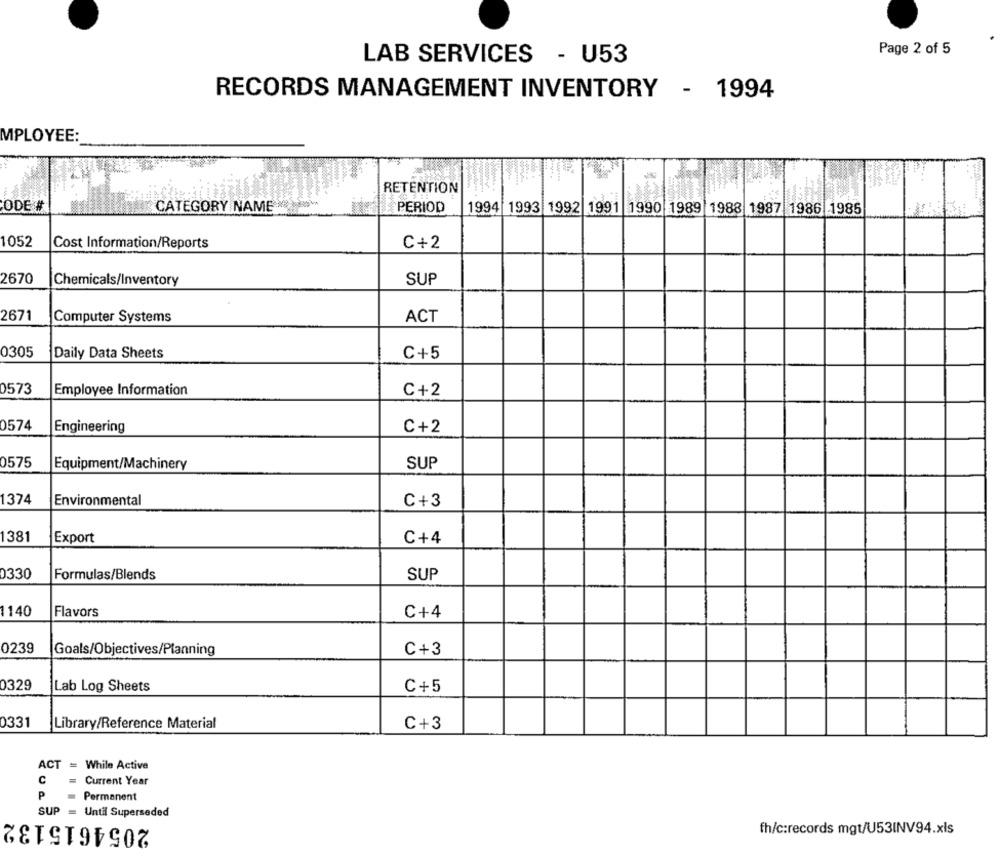
Page 2 of 5
LAB SERVICES - U53
RECORDS MANAGEMENT INVENTORY - 1994
MPLOYEE:
RETENTION
CODE #
CATEGORY NAME
PERIOD
1994 1993 1992 1991 1990 1989 1988 1987 1986 1985
1052
Cost Information/Reports
C+2
2670
Chemicals/Inventory
SUP
2671
Computer Systems
ACT
0305
Daily Data Sheets
C+5
0573
Employee Information
C+2
0574
Engineering
C+2
0575
SUP
Equipment/Machinery
1374
Environmental
C+3
138
Export
C+4
0330
SUP
Formulas/Blends
1140
Flavors
C+4
0239
Goals/Objectives/Planning
C+3
0329
Lab Log Sheets
C+5
0331
Library/Reference Material
C+3
ACT = While Active
=
C
Current Year
P
Permanent
SUP
= Until Superseded
2054615132
fh/c:records mgt/U53INV94.xls